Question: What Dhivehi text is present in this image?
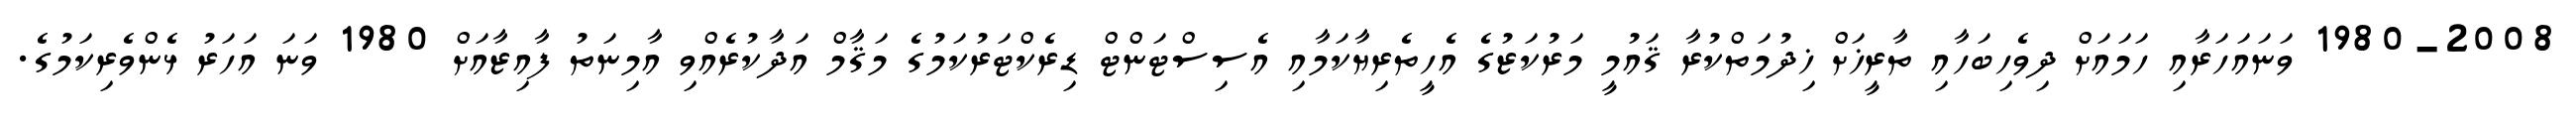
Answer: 1980-2008 ވަނައަހަރާއި ހަމައަށް ދިވެހިބަހާއި ތާރީޚަށް ޚިދުމަތްކުރާ ޤައުމީ މަރުކަޒުގެ އެހީތެރިޔާކަމާއި އެސިސްޓަންޓް ޑިރެކްޓަރުކަމުގެ މަޤާމް އަދާކުރެއްވި އާމިނަތު ފާއިޒާއަށް 1980 ވަނަ އަހަރު ޅެންވެރިކަމުގެ.